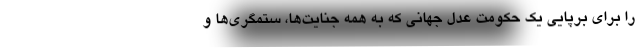
را برای برپایی یک حکومت عدل جهانی که به همه جنایت‌ها، ستمگری‌ها و